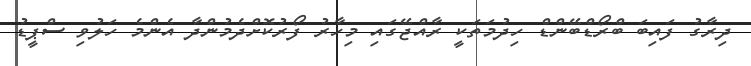
ދިރާގު ފައިބަ ބްރޯޑްބޭންޑް ހިދުމަތަކީ ރާއްޖޭގައި މިހާރު ފޯރުކޮށްދެމުންދާ އެންމެ ހަލުވި ސްޕީޑު